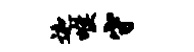
迦喉守